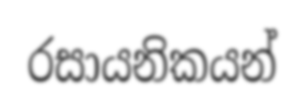
රසායනිකයන්